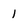
Character: 1